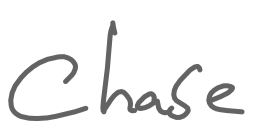
Text: Chase
Cross-out: clean
Writing tool: digital_gray